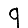
Digit: 9